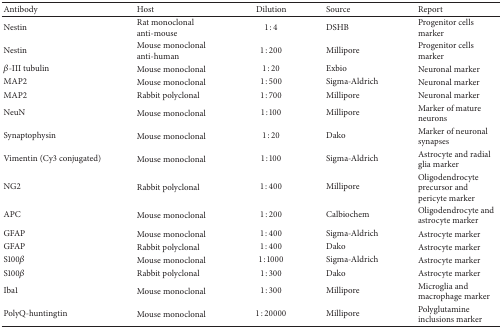
<table><thead><tr><td><b>Antibody</b></td><td><b>Host</b></td><td><b>Dilution</b></td><td><b>Source</b></td><td><b>Report</b></td></tr></thead><tbody><tr><td>Nestin</td><td>Rat monoclonal anti-mouse</td><td>1 : 4</td><td>DSHB</td><td>Progenitor cells marker</td></tr><tr><td>Nestin</td><td>Mouse monoclonal anti-human</td><td>1 : 200</td><td>Millipore</td><td>Progenitor cells marker</td></tr><tr><td><i>β</i>-III tubulin</td><td>Mouse monoclonal</td><td>1 : 20</td><td>Exbio</td><td>Neuronal marker</td></tr><tr><td>MAP2</td><td>Mouse monoclonal</td><td>1 : 500</td><td>Sigma-Aldrich</td><td>Neuronal marker</td></tr><tr><td>MAP2</td><td>Rabbit polyclonal</td><td>1 : 700</td><td>Millipore</td><td>Neuronal marker</td></tr><tr><td>NeuN</td><td>Mouse monoclonal</td><td>1 : 100</td><td>Millipore</td><td>Marker of mature neurons</td></tr><tr><td>Synaptophysin</td><td>Mouse monoclonal</td><td>1 : 20</td><td>Dako</td><td>Marker of neuronal synapses</td></tr><tr><td>Vimentin (Cy3 conjugated) </td><td>Mouse monoclonal</td><td>1 : 100</td><td>Sigma-Aldrich</td><td>Astrocyte and radial glia marker</td></tr><tr><td>NG2</td><td>Rabbit polyclonal</td><td>1 : 400</td><td>Millipore</td><td>Oligodendrocyte precursor and pericyte marker</td></tr><tr><td>APC</td><td>Mouse monoclonal</td><td>1 : 200</td><td>Calbiochem</td><td>Oligodendrocyte and astrocyte marker</td></tr><tr><td>GFAP</td><td>Mouse monoclonal</td><td>1 : 400</td><td>Sigma-Aldrich</td><td>Astrocyte marker</td></tr><tr><td>GFAP</td><td>Rabbit polyclonal</td><td>1 : 400</td><td>Dako</td><td>Astrocyte marker</td></tr><tr><td>S100<i>β</i></td><td>Mouse monoclonal</td><td>1 : 1000</td><td>Sigma-Aldrich</td><td>Astrocyte marker</td></tr><tr><td>S100<i>β</i></td><td>Rabbit polyclonal</td><td>1 : 300</td><td>Dako</td><td>Astrocyte marker</td></tr><tr><td>Iba1</td><td>Mouse monoclonal</td><td>1 : 300</td><td>Millipore</td><td>Microglia and macrophage marker </td></tr><tr><td>PolyQ-huntingtin</td><td>Mouse monoclonal</td><td>1 : 20000</td><td>Millipore </td><td>Polyglutamine inclusions marker</td></tr></tbody></table>